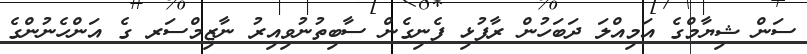
ސަން ޝިޔާމްގެ އަމިއްލަ ދަބަހުން ރާފުޅި ފެނިގެން ސާބިތުނުވިއިރު ނާޒިމްސަރ ގެ އަންހެނުންގެ